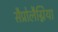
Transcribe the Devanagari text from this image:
सैप्रोलैग्निया